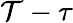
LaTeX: \mathcal{T}-\tau